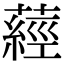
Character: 𦽁